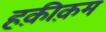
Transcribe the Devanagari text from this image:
हक़ीक़म